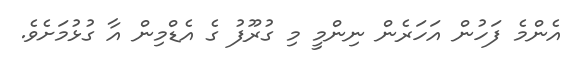
އެންމެ ފަހުން އަހަރެން ނިންމީ މި ގުރޫފު ގެ އެޑްމިން އާ ގުޅުމަށެވެ.